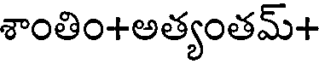
శాంతిం+అత్యంతమ్+